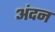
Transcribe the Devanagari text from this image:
अंदन